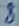
Text: 8